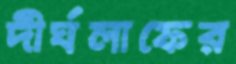
দীর্ঘলাফের